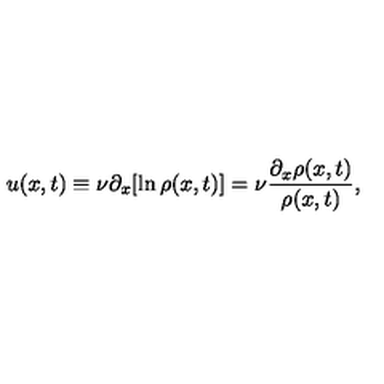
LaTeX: u ( x , t ) \equiv \nu \partial _ { x } [ \ln \rho ( x , t ) ] = \nu \frac { \partial _ { x } \rho ( x , t ) } { \rho ( x , t ) } ,